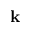
\mathbf { k }